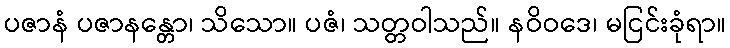
ပဇာနံ ပဇာနန္တော၊ သိသော။ ပဇံ၊ သတ္တဝါသည်။ နဝိဝဒေ၊ မငြင်းခုံရာ။